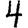
Digit: 4